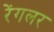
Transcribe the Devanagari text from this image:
रेंगलर